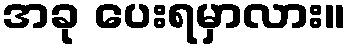
အခု ပေးရမှာလား။